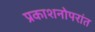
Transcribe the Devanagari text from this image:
प्रकाशनोपरांत